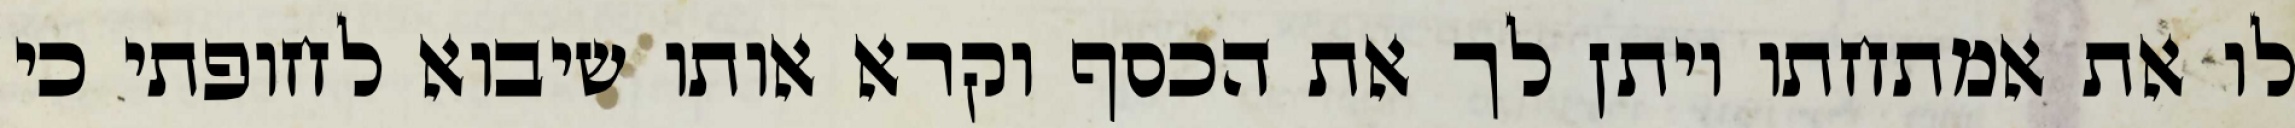
לו את אמתחתו ויתן לך את הכסף וקרא אותו שיבוא לחופתי כי